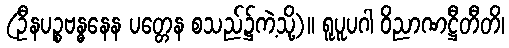
(ဦနပဉ္စဗန္ဓနေန ပတ္တေန စသည်၌ကဲ့သို့)။ ရူပူပဂါ ဝိညာဏဋ္ဌီတီတိ၊